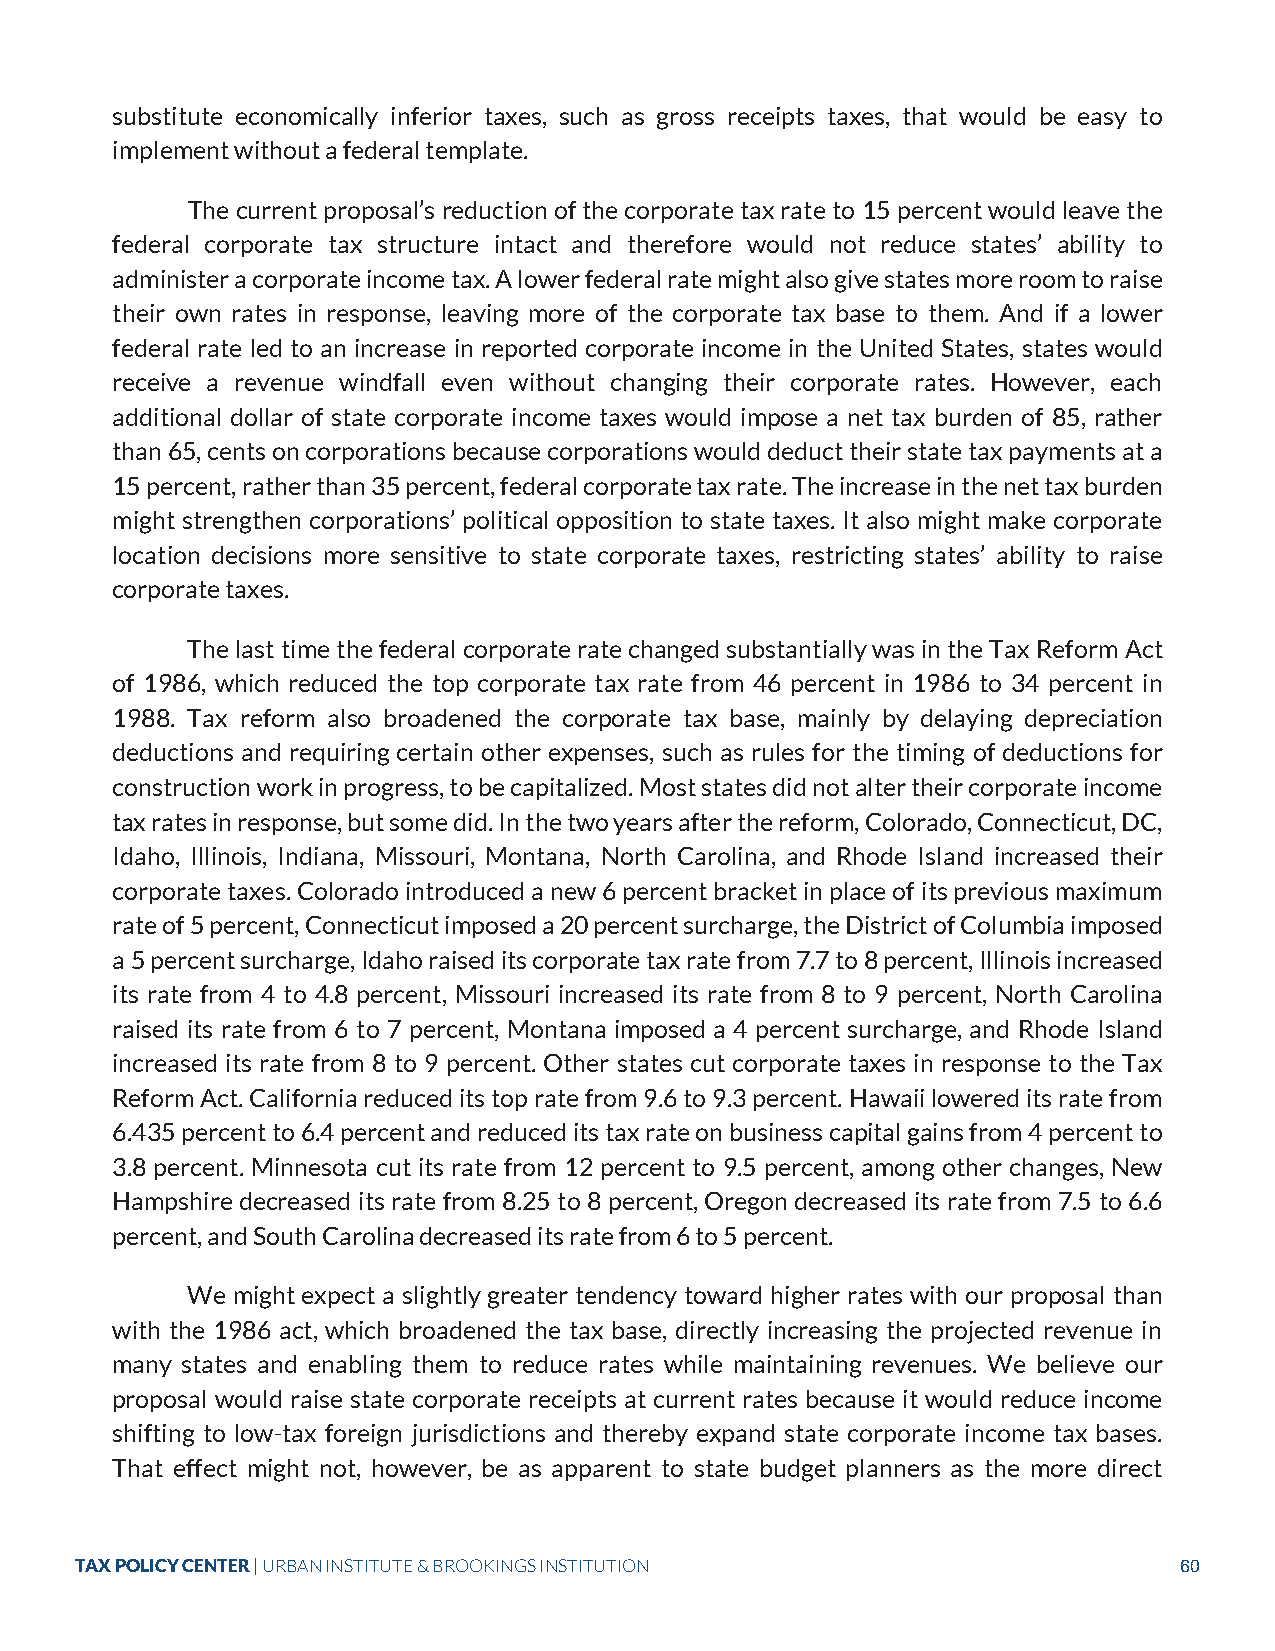
substitute economically inferior taxes, such as gross receipts taxes, that would be easy to
 implement without a federal template.
 The current proposal’s reduction of the corporate tax rate to 15 percent would leave the
 federal corporate tax structure intact and therefore would not reduce states’ ability to
 administer a corporate income tax. A lower federal rate might also give states more room to raise
 their own rates in response, leaving more of the corporate tax base to them. And if a lower
 federal rate led to an increase in reported corporate income in the United States, states would
 receive a revenue windfall even without changing their corporate rates. However, each
 additional dollar of state corporate income taxes would impose a net tax burden of 85, rather
 than 65, cents on corporations because corporations would deduct their state tax payments at a
 15 percent, rather than 35 percent, federal corporate tax rate. The increase in the net tax burden
 might strengthen corporations’ political opposition to state taxes. It also might make corporate
 location decisions more sensitive to state corporate taxes, restricting states’ ability to raise
 corporate taxes.
 The last time the federal corporate rate changed substantially was in the Tax Reform Act
 of 1986, which reduced the top corporate tax rate from 46 percent in 1986 to 34 percent in
 1988. Tax reform also broadened the corporate tax base, mainly by delaying depreciation
 deductions and requiring certain other expenses, such as rules for the timing of deductions for
 construction work in progress, to be capitalized. Most states did not alter their corporate income
 tax rates in response, but some did. In the two years after the reform, Colorado, Connecticut, DC,
 Idaho, Illinois, Indiana, Missouri, Montana, North Carolina, and Rhode Island increased their
 corporate taxes. Colorado introduced a new 6 percent bracket in place of its previous maximum
 rate of 5 percent, Connecticut imposed a 20 percent surcharge, the District of Columbia imposed
 a 5 percent surcharge, Idaho raised its corporate tax rate from 7.7 to 8 percent, Illinois increased
 its rate from 4 to 4.8 percent, Missouri increased its rate from 8 to 9 percent, North Carolina
 raised its rate from 6 to 7 percent, Montana imposed a 4 percent surcharge, and Rhode Island
 increased its rate from 8 to 9 percent. Other states cut corporate taxes in response to the Tax
 Reform Act. California reduced its top rate from 9.6 to 9.3 percent. Hawaii lowered its rate from
 6.435 percent to 6.4 percent and reduced its tax rate on business capital gains from 4 percent to
 3.8 percent. Minnesota cut its rate from 12 percent to 9.5 percent, among other changes, New
 Hampshire decreased its rate from 8.25 to 8 percent, Oregon decreased its rate from 7.5 to 6.6
 percent, and South Carolina decreased its rate from 6 to 5 percent.
 We might expect a slightly greater tendency toward higher rates with our proposal than
 with the 1986 act, which broadened the tax base, directly increasing the projected revenue in
 many states and enabling them to reduce rates while maintaining revenues. We believe our
 proposal would raise state corporate receipts at current rates because it would reduce income
 shifting to low-tax foreign jurisdictions and thereby expand state corporate income tax bases.
 That effect might not, however, be as apparent to state budget planners as the more direct
 TAX POLICY CENTER | URBAN INSTITUTE & BROOKINGS INSTITUTION              60